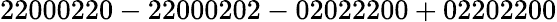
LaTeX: \mathrm{22000220-22000202-02022200+02202200}